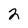
Character: 2